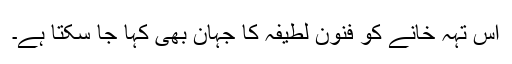
اس تہہ خانے کو فنون لطیفہ کا جہان بھی کہا جا سکتا ہے۔